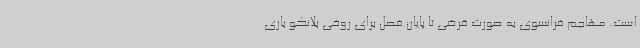
است. مهاجم فرانسوی به صورت قرضی تا پایان فصل برای روخی بلانکو بازی